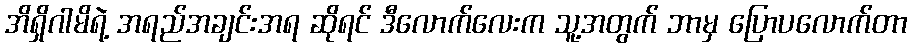
အိရှိဂါမိရဲ့ အရည်အချင်းအရ ဆိုရင် ဒီလောက်လေးက သူ့အတွက် ဘာမှ ပြောပလောက်တာ